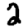
Digit: 2